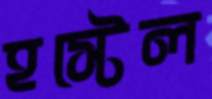
হস্টেল